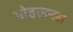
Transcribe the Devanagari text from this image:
मोहल्ल्ला